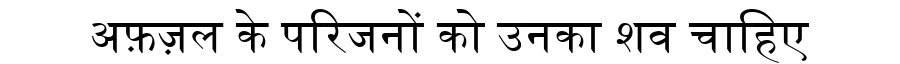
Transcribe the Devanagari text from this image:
अफ़ज़ल के परिजनों को उनका शव चाहिए